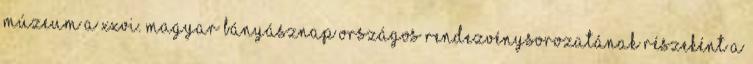
Múzeum a XXVI. Magyar Bányásznap országos rendezvénysorozatának részeként a